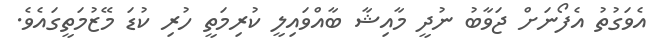
އެވަގުތު އެފޯނަށް ޖަވާބު ނުދީ މާއިޝާ ބާއްވައިލީ ކުރިމަތީ ހުރި ކުޑަ މޭޒުމަތީގައެވެ.